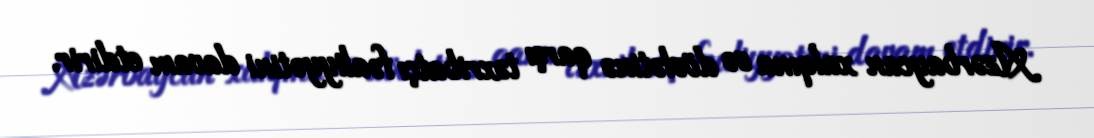
Azərbaycan xalqına və dövlətinə qarşı təxribatçı fəaliyyətini davam etdirir.